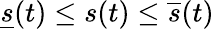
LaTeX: \underline{{s}}(t)\leq s(t)\leq\overline{{s}}(t)